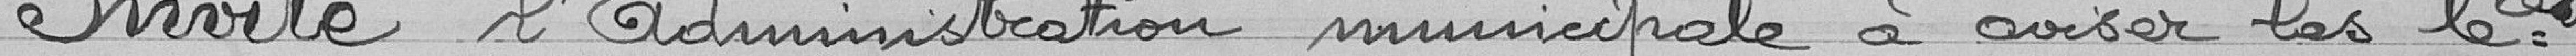
Invite l'administration municipale à aviser les le_és